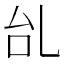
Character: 乨